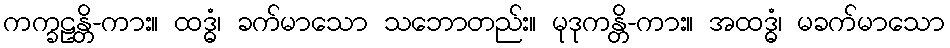
ကက္ခဠန္တိ-ကား။ ထဒ္ဓံ၊ ခက်မာသော သဘောတည်း။ မုဒုကန္တိ-ကား။ အထဒ္ဓံ၊ မခက်မာသော